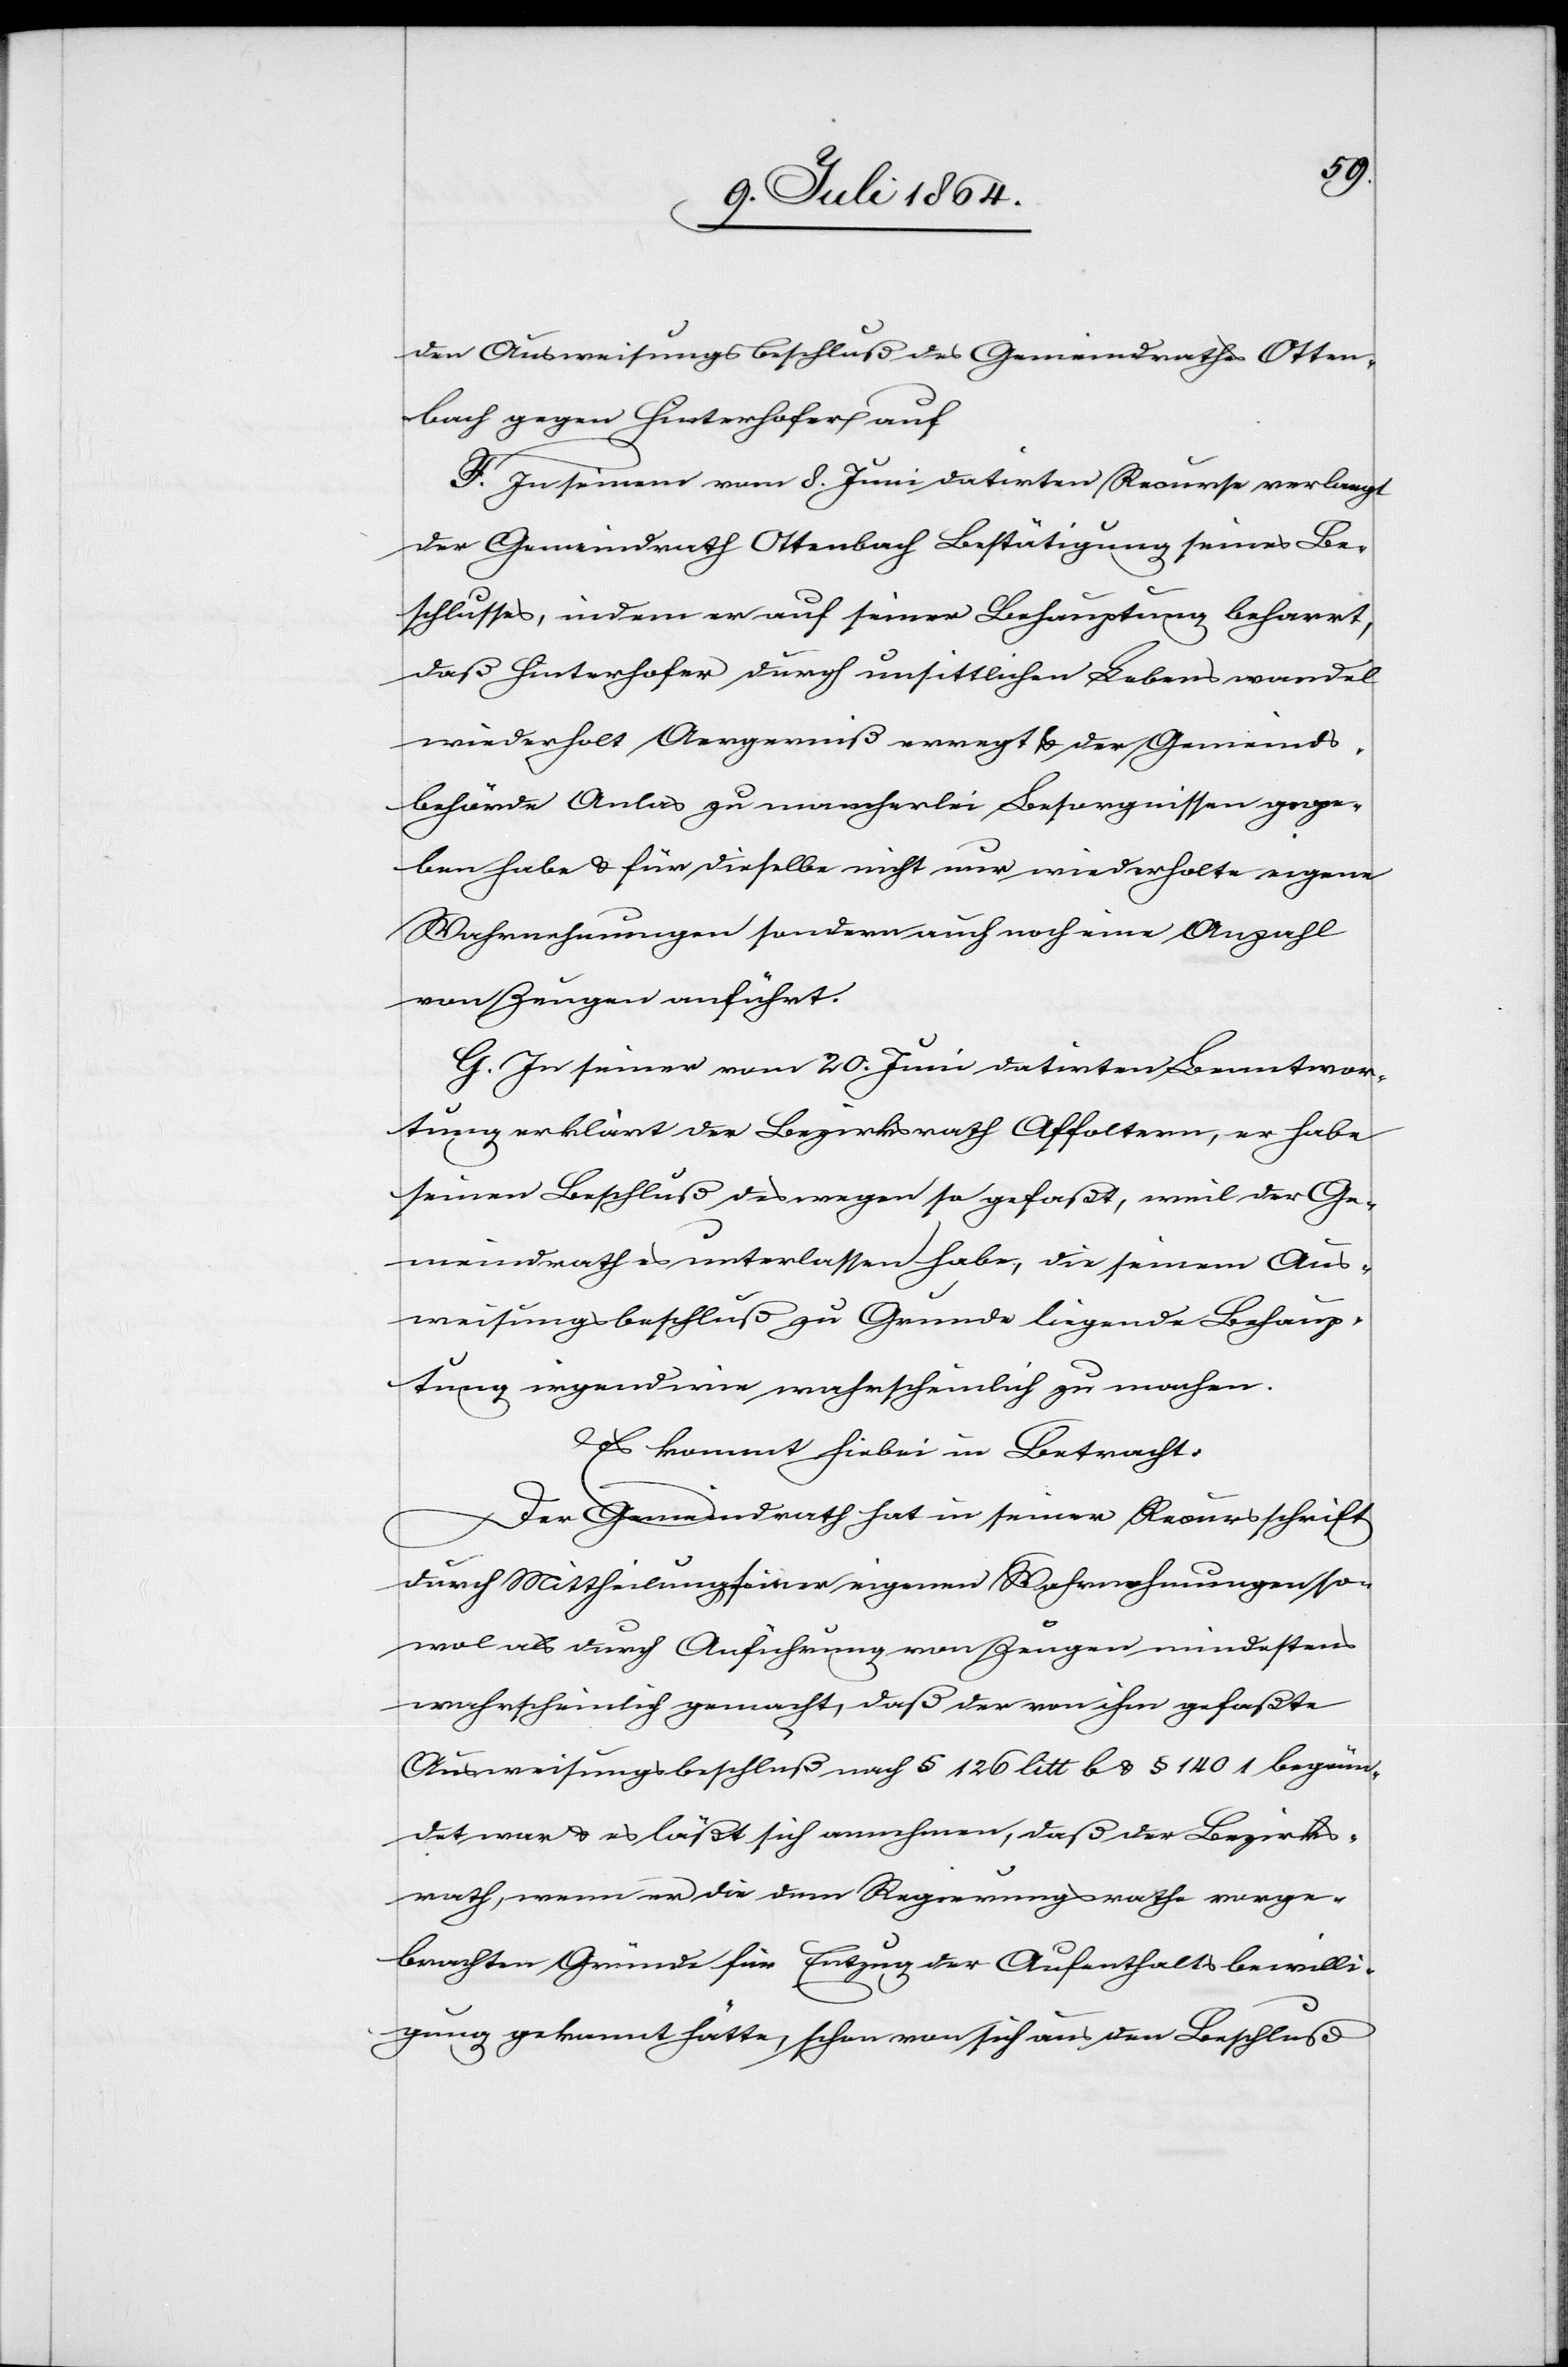
den Ausweisungsbeschluß des Gemeindrathes Otten¬
bach gegen Hinterhofer auf.
F. In seinem vom 8. Juni datirten Recurse verlangt
der Gemeindrath Ottenbach Bestätigung seines Be¬
schlusses, indem er auf seiner Behauptung beharrt,
daß Hinterhofer durch unsittlichen Lebenswandel
wiederholt Aergerniß erregt u. der Gemeinds¬
behörde Anlas [sic!] zu mancherlei Besorgnissen gege¬
ben habe u. für dieselbe nicht nur wiederholte eigene
Wahrnehmungen sondern auch noch eine Anzahl
von Zeugen anführt.
G. In seiner vom 20. Juni datirten Beantwor¬
tung erklärt der Bezirksrath Affoltern, er habe
seinen Beschluß deswegen so gefaßt, weil der Ge¬
meindrath es unterlassen habe, die seinem Aus¬
weisungsbeschluß zu Grunde liegende Behaup¬
tung irgendwie wahrscheinlich zu machen.
Es kommt hiebei in Betracht:
Der Gemeindrath hat in seiner Recursschrift
durch Mittheilung seiner eigenen Wahrnehmungen so¬
wol als durch Anführung von Zeugen mindestens
wahrscheinlich gemacht, daß der von ihm gefaßte
Ausweisungsbeschluß nach § 126 litt b u. § 140 1 begrün¬
det war u. es läßt sich annehmen, daß der Bezirks¬
rath, wenn er die dem Regierungsrathe vorge¬
brachten Gründe für Entzug der Aufenthaltsbewilli¬
gung gekannt hätte, schon von sich aus den Beschluß